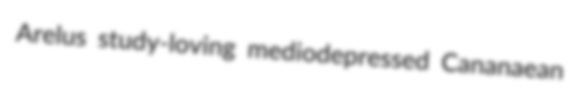
Arelus study-loving mediodepressed Cananaean